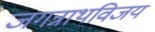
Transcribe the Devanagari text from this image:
जगन्नाथविजय